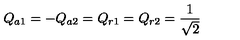
Q _ { a 1 } = - Q _ { a 2 } = Q _ { r 1 } = Q _ { r 2 } = { \frac { 1 } { \sqrt { 2 } } }